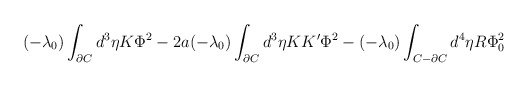
\begin{align*}(-\lambda_0)\int_{\partial C}d^3\eta K\Phi^2 - 2a(- \lambda_0)\int_{\partial C}d^3\eta KK'\Phi^2 -(- \lambda_0)\int_{C - \partial C}d^4\eta R\Phi_0^2\end{align*}